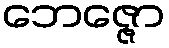
ဘေဇ္ဇော